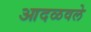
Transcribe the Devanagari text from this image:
आदळवले